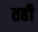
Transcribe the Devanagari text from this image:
तही